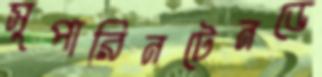
সুপারিনটেনডে